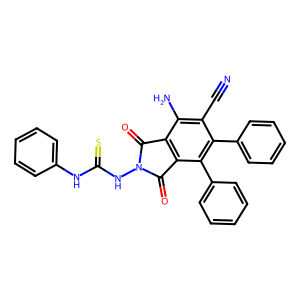
SMILES: N#Cc1c(N)c2c(c(-c3ccccc3)c1-c1ccccc1)C(=O)N(NC(=S)Nc1ccccc1)C2=O
Inhibits HIV replication: No